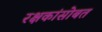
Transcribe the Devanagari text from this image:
रक्षकांसोबत